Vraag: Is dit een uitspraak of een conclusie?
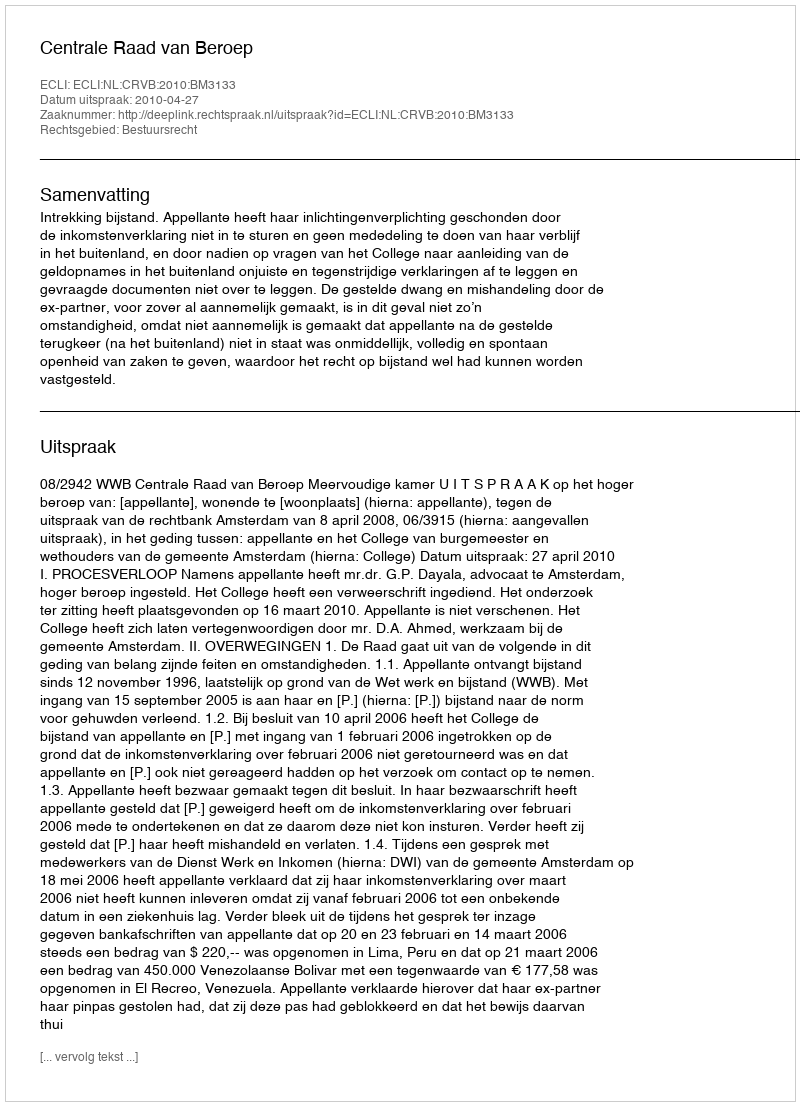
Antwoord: Uitspraak